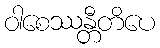
ဝါစေဿန္တီတိပေ